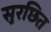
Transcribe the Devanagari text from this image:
सुरछित